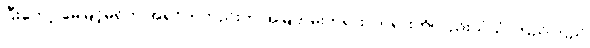
ပြီးတော့ မေမြင့်မိုရ်က အရင်ကတည်းက အမြဲတမ်းဘုရား၊ တရားကိုလည်းယုံယုံ ကြည်ကြည်